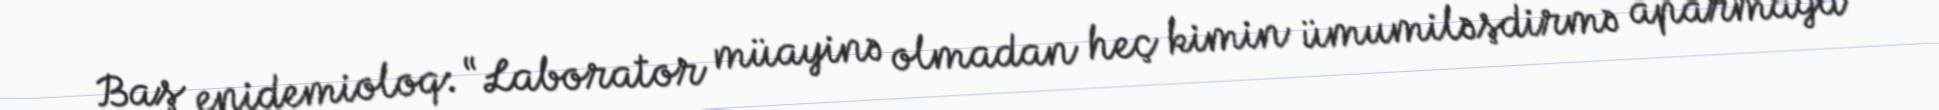
Baş epidemioloq: “Laborator müayinə olmadan heç kimin ümumiləşdirmə aparmağa